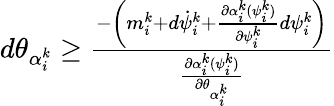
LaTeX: \begin{array}{r}{d\theta_{\alpha_{i}^{k}}\geq\frac{-\left(m_{i}^{k}+d\dot{\psi}_{i}^{k}+\frac{\partial\alpha_{i}^{k}(\psi_{i}^{k})}{\partial\psi_{i}^{k}}d\psi_{i}^{k}\right)}{\frac{\partial\alpha_{i}^{k}(\psi_{i}^{k})}{\partial\theta_{\alpha_{i}^{k}}}}}\end{array}